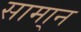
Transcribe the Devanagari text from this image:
सामा्न